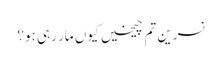
نسرین تم چیخیں کیوں مار رہی ہو؟